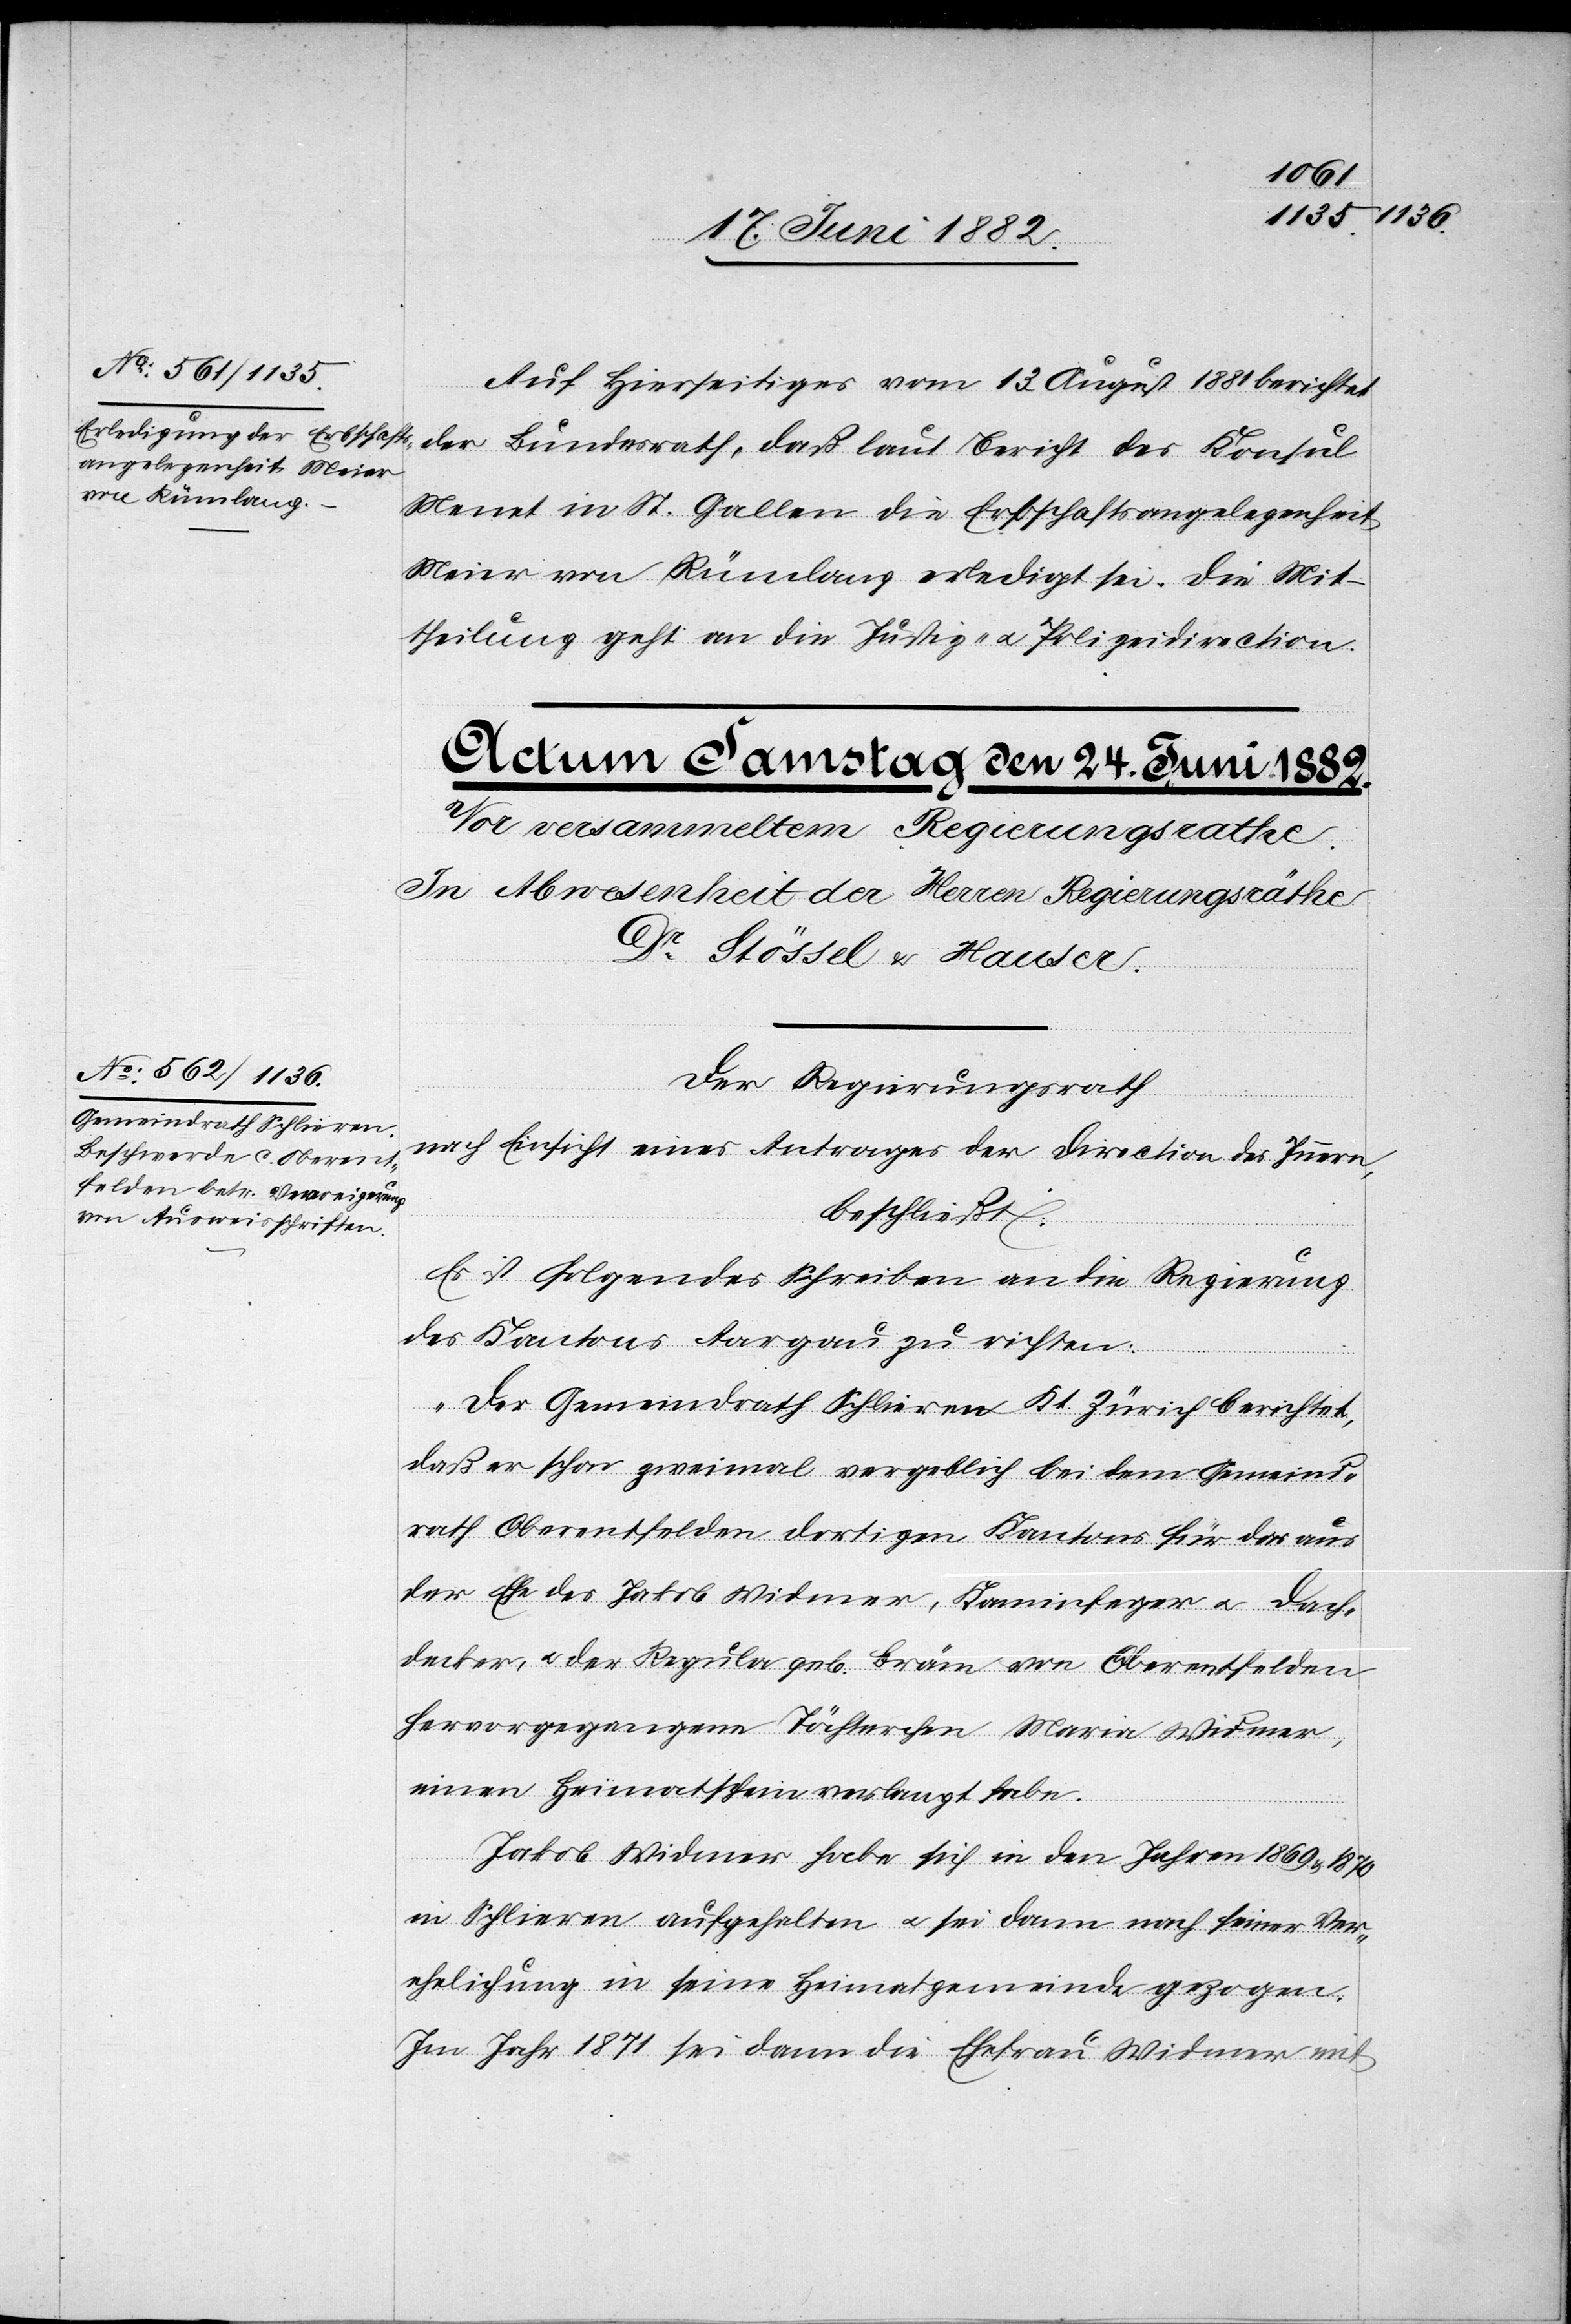
22. Juni 1882.]
Auf Hierseitiges vom 13. August 1881 berichtet
der Bundesrath, daß laut Bericht des Konsul
Menet in St. Gallen die Erbschaftsangelegenheit
Meier von Rümlang erledigt sei. Die Mit¬
theilung geht an die Justiz- u. Polizeidirection.
Der Regierungsrath,
nach Einsicht eines Antrages der Direction des Innern,
beschließt:
Es ist folgendes Schreiben an die Regierung
des Kantons Aargau zu richten:
„Der Gemeindrath Schlieren [-] Kt. Zürich berichtet,
daß er schon zweimal vergeblich bei dem Gemeind¬
rath Oberentfelden dortigen Kantons für das aus
der Ehe des Jakob Widmer, Kaminfeger u. Dach¬
decker, u. der Regula geb. Bräm von Oberentfelden
hervorgegangene Töchterchen Maria Widmer,
einen Heimatschein verlangt habe.
Jakob Widmer habe sich in den Jahren 1869 & 1870
in Schlieren aufgehalten u. sei dann nach seiner Ver¬
ehelichung in seine Heimatgemeinde gezogen.
Im Jahr 1871 sei dann die Ehefrau Widmer mit